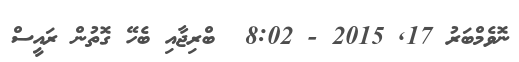
ނޮވެމްބަރު 17